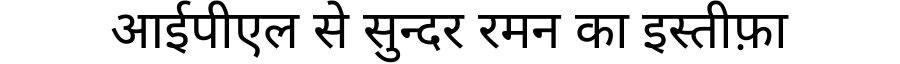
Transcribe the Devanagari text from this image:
आईपीएल से सुन्दर रमन का इस्तीफ़ा